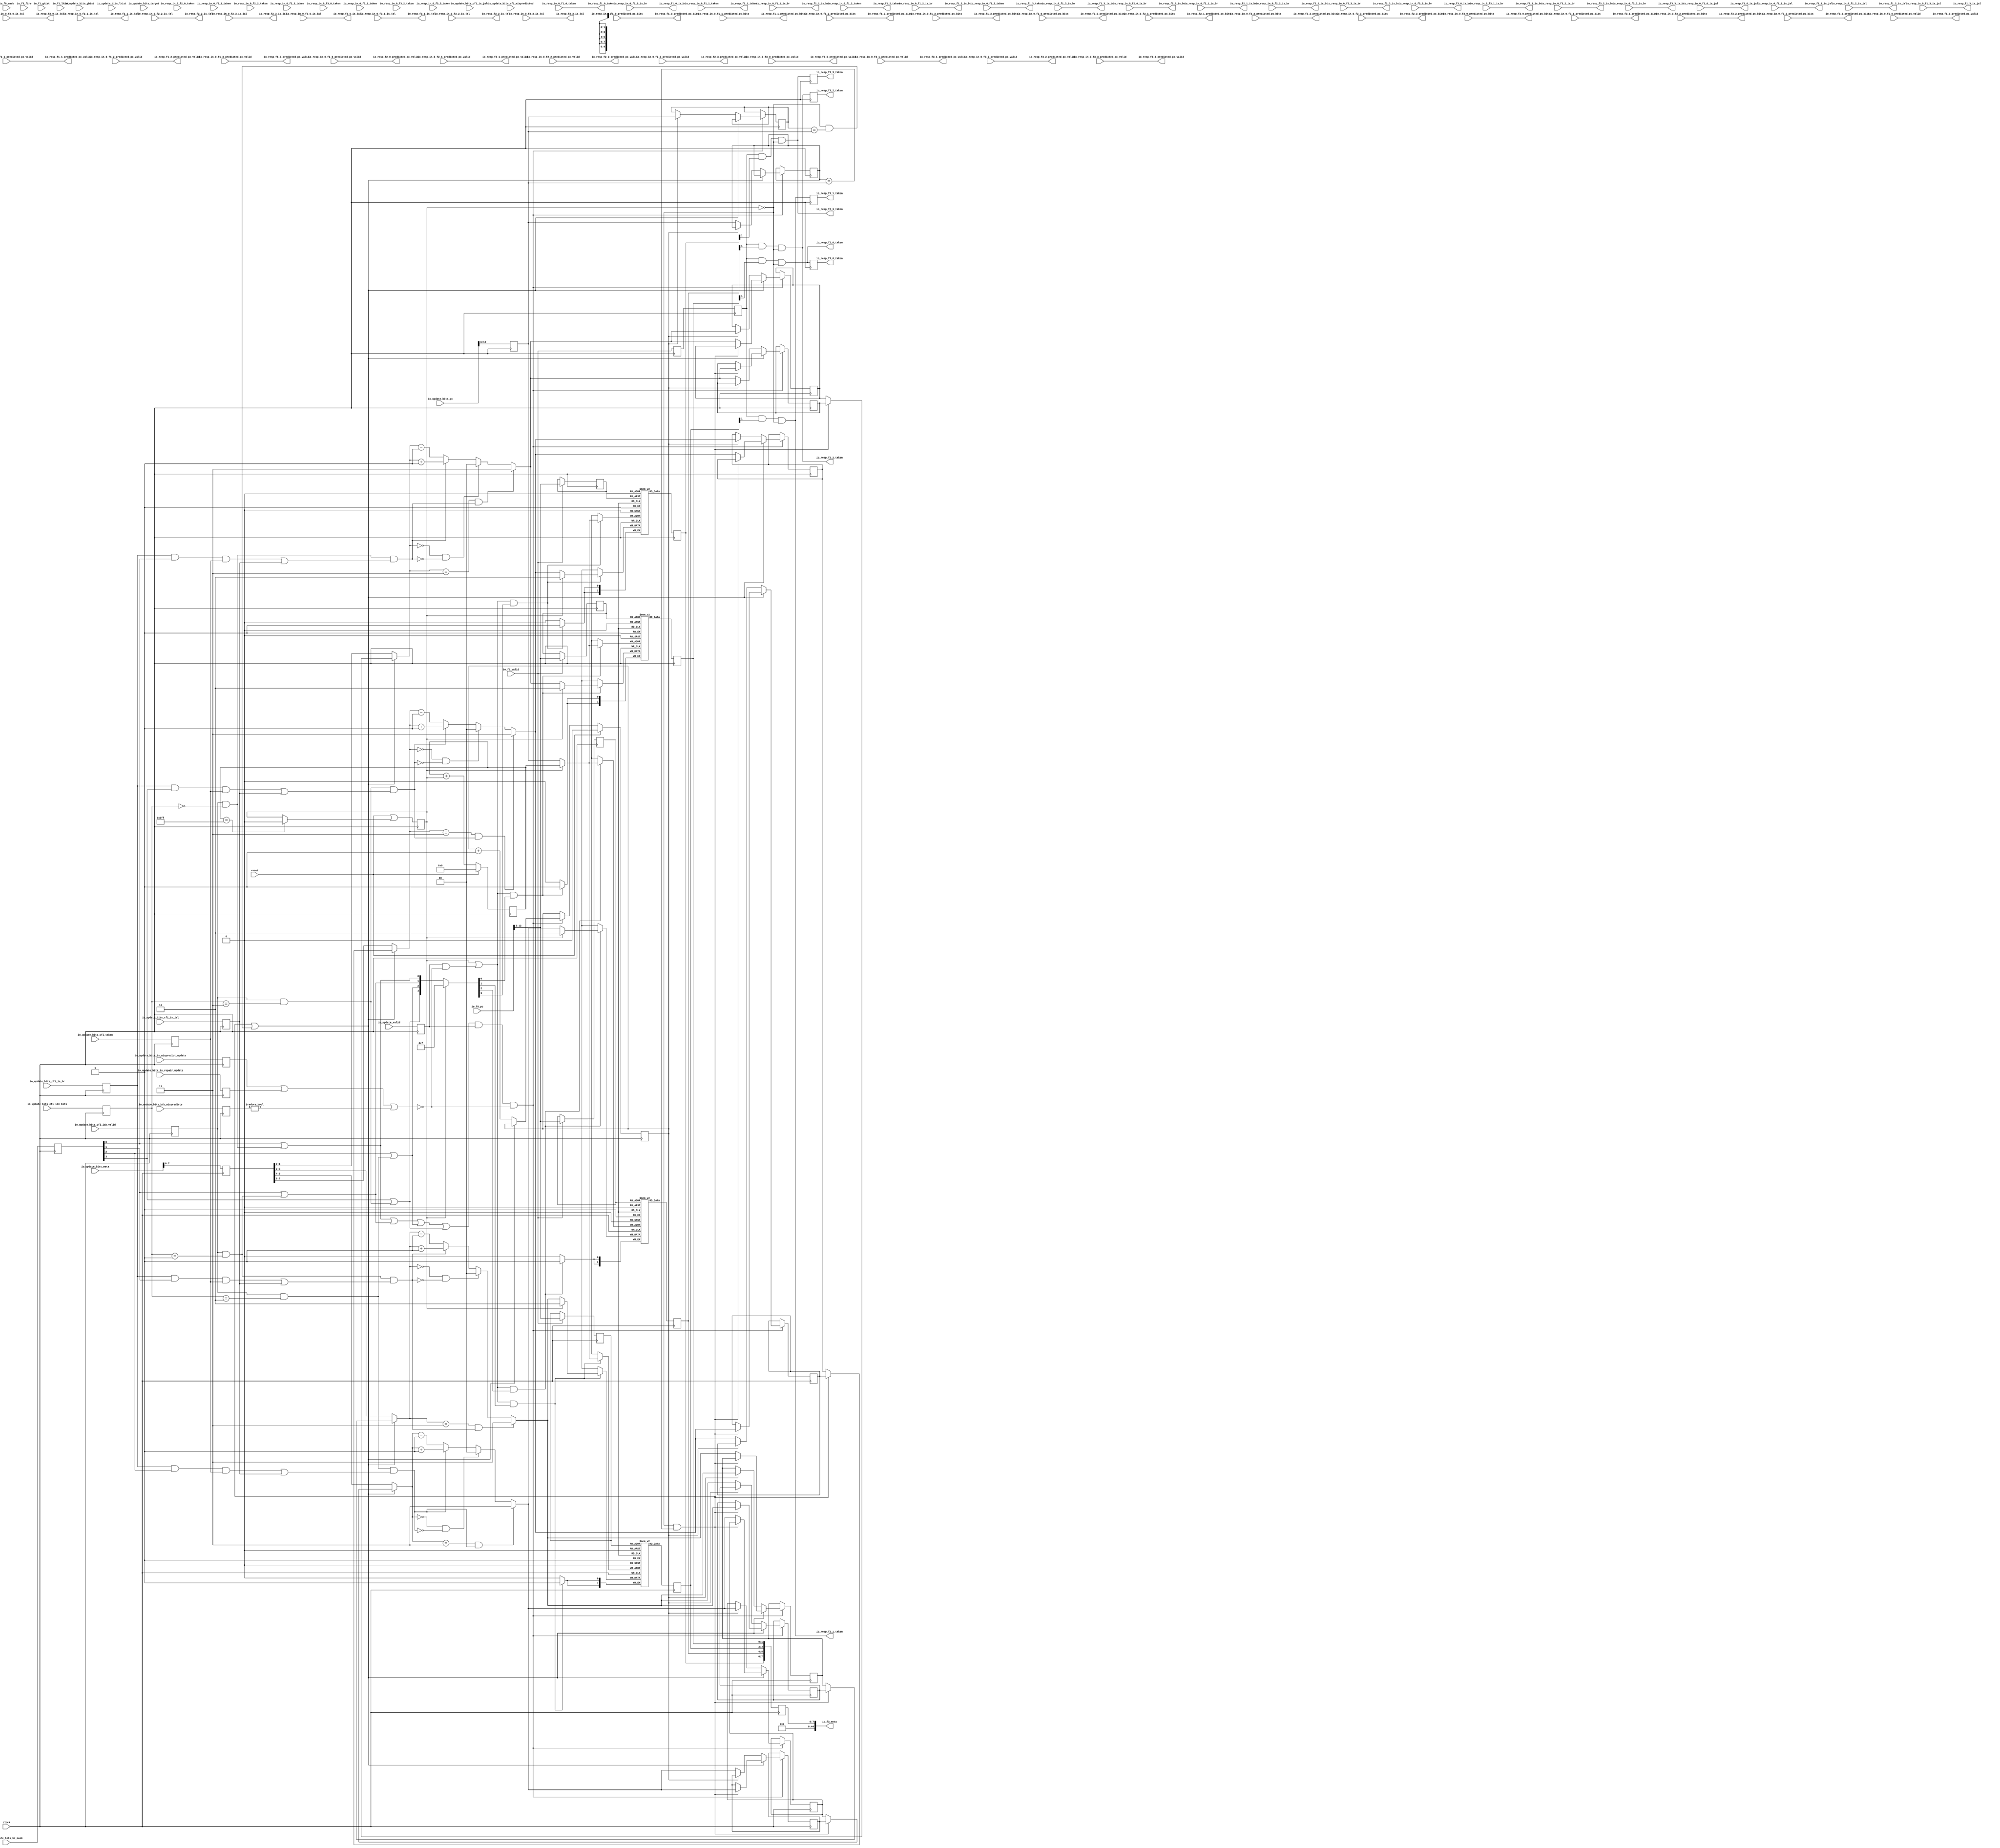
module BIMBranchPredictorBank(
  input         clock,
  input         reset,
  input         io_f0_valid,
  input  [39:0] io_f0_pc,
  input  [3:0]  io_f0_mask,
  input  [15:0] io_f1_ghist,
  input         io_f1_lhist,
  input         io_resp_in_0_f1_0_taken,
  input         io_resp_in_0_f1_0_is_br,
  input         io_resp_in_0_f1_0_is_jal,
  input         io_resp_in_0_f1_0_predicted_pc_valid,
  input  [39:0] io_resp_in_0_f1_0_predicted_pc_bits,
  input         io_resp_in_0_f1_1_taken,
  input         io_resp_in_0_f1_1_is_br,
  input         io_resp_in_0_f1_1_is_jal,
  input         io_resp_in_0_f1_1_predicted_pc_valid,
  input  [39:0] io_resp_in_0_f1_1_predicted_pc_bits,
  input         io_resp_in_0_f1_2_taken,
  input         io_resp_in_0_f1_2_is_br,
  input         io_resp_in_0_f1_2_is_jal,
  input         io_resp_in_0_f1_2_predicted_pc_valid,
  input  [39:0] io_resp_in_0_f1_2_predicted_pc_bits,
  input         io_resp_in_0_f1_3_taken,
  input         io_resp_in_0_f1_3_is_br,
  input         io_resp_in_0_f1_3_is_jal,
  input         io_resp_in_0_f1_3_predicted_pc_valid,
  input  [39:0] io_resp_in_0_f1_3_predicted_pc_bits,
  input         io_resp_in_0_f2_0_taken,
  input         io_resp_in_0_f2_0_is_br,
  input         io_resp_in_0_f2_0_is_jal,
  input         io_resp_in_0_f2_0_predicted_pc_valid,
  input  [39:0] io_resp_in_0_f2_0_predicted_pc_bits,
  input         io_resp_in_0_f2_1_taken,
  input         io_resp_in_0_f2_1_is_br,
  input         io_resp_in_0_f2_1_is_jal,
  input         io_resp_in_0_f2_1_predicted_pc_valid,
  input  [39:0] io_resp_in_0_f2_1_predicted_pc_bits,
  input         io_resp_in_0_f2_2_taken,
  input         io_resp_in_0_f2_2_is_br,
  input         io_resp_in_0_f2_2_is_jal,
  input         io_resp_in_0_f2_2_predicted_pc_valid,
  input  [39:0] io_resp_in_0_f2_2_predicted_pc_bits,
  input         io_resp_in_0_f2_3_taken,
  input         io_resp_in_0_f2_3_is_br,
  input         io_resp_in_0_f2_3_is_jal,
  input         io_resp_in_0_f2_3_predicted_pc_valid,
  input  [39:0] io_resp_in_0_f2_3_predicted_pc_bits,
  input         io_resp_in_0_f3_0_taken,
  input         io_resp_in_0_f3_0_is_br,
  input         io_resp_in_0_f3_0_is_jal,
  input         io_resp_in_0_f3_0_predicted_pc_valid,
  input  [39:0] io_resp_in_0_f3_0_predicted_pc_bits,
  input         io_resp_in_0_f3_1_taken,
  input         io_resp_in_0_f3_1_is_br,
  input         io_resp_in_0_f3_1_is_jal,
  input         io_resp_in_0_f3_1_predicted_pc_valid,
  input  [39:0] io_resp_in_0_f3_1_predicted_pc_bits,
  input         io_resp_in_0_f3_2_taken,
  input         io_resp_in_0_f3_2_is_br,
  input         io_resp_in_0_f3_2_is_jal,
  input         io_resp_in_0_f3_2_predicted_pc_valid,
  input  [39:0] io_resp_in_0_f3_2_predicted_pc_bits,
  input         io_resp_in_0_f3_3_taken,
  input         io_resp_in_0_f3_3_is_br,
  input         io_resp_in_0_f3_3_is_jal,
  input         io_resp_in_0_f3_3_predicted_pc_valid,
  input  [39:0] io_resp_in_0_f3_3_predicted_pc_bits,
  output        io_resp_f1_0_taken,
  output        io_resp_f1_0_is_br,
  output        io_resp_f1_0_is_jal,
  output        io_resp_f1_0_predicted_pc_valid,
  output [39:0] io_resp_f1_0_predicted_pc_bits,
  output        io_resp_f1_1_taken,
  output        io_resp_f1_1_is_br,
  output        io_resp_f1_1_is_jal,
  output        io_resp_f1_1_predicted_pc_valid,
  output [39:0] io_resp_f1_1_predicted_pc_bits,
  output        io_resp_f1_2_taken,
  output        io_resp_f1_2_is_br,
  output        io_resp_f1_2_is_jal,
  output        io_resp_f1_2_predicted_pc_valid,
  output [39:0] io_resp_f1_2_predicted_pc_bits,
  output        io_resp_f1_3_taken,
  output        io_resp_f1_3_is_br,
  output        io_resp_f1_3_is_jal,
  output        io_resp_f1_3_predicted_pc_valid,
  output [39:0] io_resp_f1_3_predicted_pc_bits,
  output        io_resp_f2_0_taken,
  output        io_resp_f2_0_is_br,
  output        io_resp_f2_0_is_jal,
  output        io_resp_f2_0_predicted_pc_valid,
  output [39:0] io_resp_f2_0_predicted_pc_bits,
  output        io_resp_f2_1_taken,
  output        io_resp_f2_1_is_br,
  output        io_resp_f2_1_is_jal,
  output        io_resp_f2_1_predicted_pc_valid,
  output [39:0] io_resp_f2_1_predicted_pc_bits,
  output        io_resp_f2_2_taken,
  output        io_resp_f2_2_is_br,
  output        io_resp_f2_2_is_jal,
  output        io_resp_f2_2_predicted_pc_valid,
  output [39:0] io_resp_f2_2_predicted_pc_bits,
  output        io_resp_f2_3_taken,
  output        io_resp_f2_3_is_br,
  output        io_resp_f2_3_is_jal,
  output        io_resp_f2_3_predicted_pc_valid,
  output [39:0] io_resp_f2_3_predicted_pc_bits,
  output        io_resp_f3_0_taken,
  output        io_resp_f3_0_is_br,
  output        io_resp_f3_0_is_jal,
  output        io_resp_f3_0_predicted_pc_valid,
  output [39:0] io_resp_f3_0_predicted_pc_bits,
  output        io_resp_f3_1_taken,
  output        io_resp_f3_1_is_br,
  output        io_resp_f3_1_is_jal,
  output        io_resp_f3_1_predicted_pc_valid,
  output [39:0] io_resp_f3_1_predicted_pc_bits,
  output        io_resp_f3_2_taken,
  output        io_resp_f3_2_is_br,
  output        io_resp_f3_2_is_jal,
  output        io_resp_f3_2_predicted_pc_valid,
  output [39:0] io_resp_f3_2_predicted_pc_bits,
  output        io_resp_f3_3_taken,
  output        io_resp_f3_3_is_br,
  output        io_resp_f3_3_is_jal,
  output        io_resp_f3_3_predicted_pc_valid,
  output [39:0] io_resp_f3_3_predicted_pc_bits,
  output [44:0] io_f3_meta,
  input         io_f3_fire,
  input         io_update_valid,
  input         io_update_bits_is_mispredict_update,
  input         io_update_bits_is_repair_update,
  input  [3:0]  io_update_bits_btb_mispredicts,
  input  [39:0] io_update_bits_pc,
  input  [3:0]  io_update_bits_br_mask,
  input         io_update_bits_cfi_idx_valid,
  input  [1:0]  io_update_bits_cfi_idx_bits,
  input         io_update_bits_cfi_taken,
  input         io_update_bits_cfi_mispredicted,
  input         io_update_bits_cfi_is_br,
  input         io_update_bits_cfi_is_jal,
  input         io_update_bits_cfi_is_jalr,
  input  [15:0] io_update_bits_ghist,
  input         io_update_bits_lhist,
  input  [39:0] io_update_bits_target,
  input  [44:0] io_update_bits_meta
);
`ifdef RANDOMIZE_MEM_INIT
  reg [31:0] _RAND_0;
  reg [31:0] _RAND_3;
  reg [31:0] _RAND_6;
  reg [31:0] _RAND_9;
`endif // RANDOMIZE_MEM_INIT
`ifdef RANDOMIZE_REG_INIT
  reg [31:0] _RAND_1;
  reg [31:0] _RAND_2;
  reg [31:0] _RAND_4;
  reg [31:0] _RAND_5;
  reg [31:0] _RAND_7;
  reg [31:0] _RAND_8;
  reg [31:0] _RAND_10;
  reg [31:0] _RAND_11;
  reg [31:0] _RAND_12;
  reg [31:0] _RAND_13;
  reg [31:0] _RAND_14;
  reg [31:0] _RAND_15;
  reg [31:0] _RAND_16;
  reg [31:0] _RAND_17;
  reg [31:0] _RAND_18;
  reg [31:0] _RAND_19;
  reg [31:0] _RAND_20;
  reg [31:0] _RAND_21;
  reg [31:0] _RAND_22;
  reg [31:0] _RAND_23;
  reg [63:0] _RAND_24;
  reg [63:0] _RAND_25;
  reg [31:0] _RAND_26;
  reg [31:0] _RAND_27;
  reg [31:0] _RAND_28;
  reg [31:0] _RAND_29;
  reg [31:0] _RAND_30;
  reg [31:0] _RAND_31;
  reg [31:0] _RAND_32;
  reg [31:0] _RAND_33;
  reg [31:0] _RAND_34;
  reg [31:0] _RAND_35;
  reg [31:0] _RAND_36;
  reg [31:0] _RAND_37;
  reg [31:0] _RAND_38;
  reg [31:0] _RAND_39;
  reg [31:0] _RAND_40;
  reg [31:0] _RAND_41;
  reg [31:0] _RAND_42;
  reg [31:0] _RAND_43;
  reg [31:0] _RAND_44;
  reg [31:0] _RAND_45;
  reg [31:0] _RAND_46;
  reg [31:0] _RAND_47;
`endif // RANDOMIZE_REG_INIT
  reg [1:0] data_0 [0:1023]; // @[bim.scala 50:26]
  wire [1:0] data_0_MPORT_data; // @[bim.scala 50:26]
  wire [9:0] data_0_MPORT_addr; // @[bim.scala 50:26]
  wire [1:0] data_0_MPORT_1_data; // @[bim.scala 50:26]
  wire [9:0] data_0_MPORT_1_addr; // @[bim.scala 50:26]
  wire  data_0_MPORT_1_mask; // @[bim.scala 50:26]
  wire  data_0_MPORT_1_en; // @[bim.scala 50:26]
  reg  data_0_MPORT_en_pipe_0;
  reg [9:0] data_0_MPORT_addr_pipe_0;
  reg [1:0] data_1 [0:1023]; // @[bim.scala 50:26]
  wire [1:0] data_1_MPORT_data; // @[bim.scala 50:26]
  wire [9:0] data_1_MPORT_addr; // @[bim.scala 50:26]
  wire [1:0] data_1_MPORT_1_data; // @[bim.scala 50:26]
  wire [9:0] data_1_MPORT_1_addr; // @[bim.scala 50:26]
  wire  data_1_MPORT_1_mask; // @[bim.scala 50:26]
  wire  data_1_MPORT_1_en; // @[bim.scala 50:26]
  reg  data_1_MPORT_en_pipe_0;
  reg [9:0] data_1_MPORT_addr_pipe_0;
  reg [1:0] data_2 [0:1023]; // @[bim.scala 50:26]
  wire [1:0] data_2_MPORT_data; // @[bim.scala 50:26]
  wire [9:0] data_2_MPORT_addr; // @[bim.scala 50:26]
  wire [1:0] data_2_MPORT_1_data; // @[bim.scala 50:26]
  wire [9:0] data_2_MPORT_1_addr; // @[bim.scala 50:26]
  wire  data_2_MPORT_1_mask; // @[bim.scala 50:26]
  wire  data_2_MPORT_1_en; // @[bim.scala 50:26]
  reg  data_2_MPORT_en_pipe_0;
  reg [9:0] data_2_MPORT_addr_pipe_0;
  reg [1:0] data_3 [0:1023]; // @[bim.scala 50:26]
  wire [1:0] data_3_MPORT_data; // @[bim.scala 50:26]
  wire [9:0] data_3_MPORT_addr; // @[bim.scala 50:26]
  wire [1:0] data_3_MPORT_1_data; // @[bim.scala 50:26]
  wire [9:0] data_3_MPORT_1_addr; // @[bim.scala 50:26]
  wire  data_3_MPORT_1_mask; // @[bim.scala 50:26]
  wire  data_3_MPORT_1_en; // @[bim.scala 50:26]
  reg  data_3_MPORT_en_pipe_0;
  reg [9:0] data_3_MPORT_addr_pipe_0;
  wire [36:0] s0_idx = io_f0_pc[39:3]; // @[frontend.scala 163:35]
  reg  s1_valid; // @[predictor.scala 168:25]
  reg  s2_valid; // @[predictor.scala 169:25]
  reg  s1_update__valid; // @[predictor.scala 184:30]
  reg  s1_update__bits_is_mispredict_update; // @[predictor.scala 184:30]
  reg  s1_update__bits_is_repair_update; // @[predictor.scala 184:30]
  reg [3:0] s1_update__bits_btb_mispredicts; // @[predictor.scala 184:30]
  reg [3:0] s1_update__bits_br_mask; // @[predictor.scala 184:30]
  reg  s1_update__bits_cfi_idx_valid; // @[predictor.scala 184:30]
  reg [1:0] s1_update__bits_cfi_idx_bits; // @[predictor.scala 184:30]
  reg  s1_update__bits_cfi_taken; // @[predictor.scala 184:30]
  reg  s1_update__bits_cfi_is_br; // @[predictor.scala 184:30]
  reg  s1_update__bits_cfi_is_jal; // @[predictor.scala 184:30]
  reg [44:0] s1_update__bits_meta; // @[predictor.scala 184:30]
  reg [36:0] s1_update_idx; // @[predictor.scala 185:30]
  reg [1:0] s2_req_rdata_1; // @[bim.scala 54:32]
  reg [1:0] s2_req_rdata_0; // @[bim.scala 54:32]
  wire [3:0] lo = {s2_req_rdata_1,s2_req_rdata_0}; // @[bim.scala 42:35]
  reg [1:0] s2_req_rdata_3; // @[bim.scala 54:32]
  reg [1:0] s2_req_rdata_2; // @[bim.scala 54:32]
  wire [3:0] hi = {s2_req_rdata_3,s2_req_rdata_2}; // @[bim.scala 42:35]
  reg  doing_reset; // @[bim.scala 44:28]
  reg [9:0] reset_idx; // @[bim.scala 45:26]
  wire [9:0] _GEN_80 = {{9'd0}, doing_reset}; // @[bim.scala 46:26]
  wire [9:0] _T_2 = reset_idx + _GEN_80; // @[bim.scala 46:26]
  wire  _GEN_0 = reset_idx == 10'h3ff ? 1'h0 : doing_reset; // @[bim.scala 47:36 bim.scala 47:50 bim.scala 44:28]
  wire  _T_8 = ~doing_reset; // @[bim.scala 60:60]
  wire [1:0] s1_update_meta_bims_0 = s1_update__bits_meta[1:0]; // @[bim.scala 67:55]
  wire [1:0] s1_update_meta_bims_1 = s1_update__bits_meta[3:2]; // @[bim.scala 67:55]
  wire [1:0] s1_update_meta_bims_2 = s1_update__bits_meta[5:4]; // @[bim.scala 67:55]
  wire [1:0] s1_update_meta_bims_3 = s1_update__bits_meta[7:6]; // @[bim.scala 67:55]
  reg [9:0] wrbypass_idxs_0; // @[bim.scala 70:26]
  reg [9:0] wrbypass_idxs_1; // @[bim.scala 70:26]
  reg [1:0] wrbypass_0_0; // @[bim.scala 71:26]
  reg [1:0] wrbypass_0_1; // @[bim.scala 71:26]
  reg [1:0] wrbypass_0_2; // @[bim.scala 71:26]
  reg [1:0] wrbypass_0_3; // @[bim.scala 71:26]
  reg [1:0] wrbypass_1_0; // @[bim.scala 71:26]
  reg [1:0] wrbypass_1_1; // @[bim.scala 71:26]
  reg [1:0] wrbypass_1_2; // @[bim.scala 71:26]
  reg [1:0] wrbypass_1_3; // @[bim.scala 71:26]
  reg  wrbypass_enq_idx; // @[bim.scala 72:33]
  wire  _T_28 = wrbypass_idxs_0 == s1_update_idx[9:0]; // @[bim.scala 76:22]
  wire  wrbypass_hits_0 = _T_8 & _T_28; // @[bim.scala 75:18]
  wire  _T_32 = wrbypass_idxs_1 == s1_update_idx[9:0]; // @[bim.scala 76:22]
  wire  wrbypass_hits_1 = _T_8 & _T_32; // @[bim.scala 75:18]
  wire  wrbypass_hit = wrbypass_hits_0 | wrbypass_hits_1; // @[bim.scala 78:44]
  wire  wrbypass_hit_idx = wrbypass_hits_0 ? 1'h0 : 1'h1; // @[Mux.scala 47:69]
  wire  _T_38 = s1_update__bits_cfi_idx_valid & s1_update__bits_cfi_idx_bits == 2'h0; // @[bim.scala 90:37]
  wire  s1_update_wmask_0 = s1_update__bits_br_mask[0] | _T_38; // @[bim.scala 89:37]
  wire  _T_45 = s1_update__bits_cfi_is_br & s1_update__bits_br_mask[0] & s1_update__bits_cfi_taken |
    s1_update__bits_cfi_is_jal; // @[bim.scala 95:95]
  wire  _T_46 = _T_38 & _T_45; // @[bim.scala 93:47]
  wire [1:0] _GEN_6 = wrbypass_hit_idx ? wrbypass_1_0 : wrbypass_0_0; // @[bim.scala 99:30 bim.scala 99:30]
  wire [1:0] _T_47 = wrbypass_hit ? _GEN_6 : s1_update_meta_bims_0; // @[bim.scala 99:30]
  wire  _T_48 = _T_47 == 2'h3; // @[bim.scala 35:32]
  wire  _T_49 = _T_47 == 2'h0; // @[bim.scala 36:32]
  wire [1:0] _T_54 = _T_47 + 2'h1; // @[bim.scala 39:20]
  wire [1:0] _T_56 = _T_47 - 2'h1; // @[bim.scala 39:29]
  wire [1:0] _T_57 = _T_46 ? _T_54 : _T_56; // @[bim.scala 39:10]
  wire [1:0] _T_58 = _T_49 & ~_T_46 ? 2'h0 : _T_57; // @[bim.scala 38:10]
  wire [1:0] s1_update_wdata_0 = _T_48 & _T_46 ? 2'h3 : _T_58; // @[bim.scala 37:8]
  wire  _T_64 = s1_update__bits_cfi_idx_valid & s1_update__bits_cfi_idx_bits == 2'h1; // @[bim.scala 90:37]
  wire  s1_update_wmask_1 = s1_update__bits_br_mask[1] | _T_64; // @[bim.scala 89:37]
  wire  _T_71 = s1_update__bits_cfi_is_br & s1_update__bits_br_mask[1] & s1_update__bits_cfi_taken |
    s1_update__bits_cfi_is_jal; // @[bim.scala 95:95]
  wire  _T_72 = _T_64 & _T_71; // @[bim.scala 93:47]
  wire [1:0] _GEN_10 = wrbypass_hit_idx ? wrbypass_1_1 : wrbypass_0_1; // @[bim.scala 99:30 bim.scala 99:30]
  wire [1:0] _T_73 = wrbypass_hit ? _GEN_10 : s1_update_meta_bims_1; // @[bim.scala 99:30]
  wire  _T_74 = _T_73 == 2'h3; // @[bim.scala 35:32]
  wire  _T_75 = _T_73 == 2'h0; // @[bim.scala 36:32]
  wire [1:0] _T_80 = _T_73 + 2'h1; // @[bim.scala 39:20]
  wire [1:0] _T_82 = _T_73 - 2'h1; // @[bim.scala 39:29]
  wire [1:0] _T_83 = _T_72 ? _T_80 : _T_82; // @[bim.scala 39:10]
  wire [1:0] _T_84 = _T_75 & ~_T_72 ? 2'h0 : _T_83; // @[bim.scala 38:10]
  wire [1:0] s1_update_wdata_1 = _T_74 & _T_72 ? 2'h3 : _T_84; // @[bim.scala 37:8]
  wire  _T_90 = s1_update__bits_cfi_idx_valid & s1_update__bits_cfi_idx_bits == 2'h2; // @[bim.scala 90:37]
  wire  s1_update_wmask_2 = s1_update__bits_br_mask[2] | _T_90; // @[bim.scala 89:37]
  wire  _T_97 = s1_update__bits_cfi_is_br & s1_update__bits_br_mask[2] & s1_update__bits_cfi_taken |
    s1_update__bits_cfi_is_jal; // @[bim.scala 95:95]
  wire  _T_98 = _T_90 & _T_97; // @[bim.scala 93:47]
  wire [1:0] _GEN_14 = wrbypass_hit_idx ? wrbypass_1_2 : wrbypass_0_2; // @[bim.scala 99:30 bim.scala 99:30]
  wire [1:0] _T_99 = wrbypass_hit ? _GEN_14 : s1_update_meta_bims_2; // @[bim.scala 99:30]
  wire  _T_100 = _T_99 == 2'h3; // @[bim.scala 35:32]
  wire  _T_101 = _T_99 == 2'h0; // @[bim.scala 36:32]
  wire [1:0] _T_106 = _T_99 + 2'h1; // @[bim.scala 39:20]
  wire [1:0] _T_108 = _T_99 - 2'h1; // @[bim.scala 39:29]
  wire [1:0] _T_109 = _T_98 ? _T_106 : _T_108; // @[bim.scala 39:10]
  wire [1:0] _T_110 = _T_101 & ~_T_98 ? 2'h0 : _T_109; // @[bim.scala 38:10]
  wire [1:0] s1_update_wdata_2 = _T_100 & _T_98 ? 2'h3 : _T_110; // @[bim.scala 37:8]
  wire  _T_116 = s1_update__bits_cfi_idx_valid & s1_update__bits_cfi_idx_bits == 2'h3; // @[bim.scala 90:37]
  wire  s1_update_wmask_3 = s1_update__bits_br_mask[3] | _T_116; // @[bim.scala 89:37]
  wire  _T_123 = s1_update__bits_cfi_is_br & s1_update__bits_br_mask[3] & s1_update__bits_cfi_taken |
    s1_update__bits_cfi_is_jal; // @[bim.scala 95:95]
  wire  _T_124 = _T_116 & _T_123; // @[bim.scala 93:47]
  wire [1:0] _GEN_18 = wrbypass_hit_idx ? wrbypass_1_3 : wrbypass_0_3; // @[bim.scala 99:30 bim.scala 99:30]
  wire [1:0] _T_125 = wrbypass_hit ? _GEN_18 : s1_update_meta_bims_3; // @[bim.scala 99:30]
  wire  _T_126 = _T_125 == 2'h3; // @[bim.scala 35:32]
  wire  _T_127 = _T_125 == 2'h0; // @[bim.scala 36:32]
  wire [1:0] _T_132 = _T_125 + 2'h1; // @[bim.scala 39:20]
  wire [1:0] _T_134 = _T_125 - 2'h1; // @[bim.scala 39:29]
  wire [1:0] _T_135 = _T_124 ? _T_132 : _T_134; // @[bim.scala 39:10]
  wire [1:0] _T_136 = _T_127 & ~_T_124 ? 2'h0 : _T_135; // @[bim.scala 38:10]
  wire [1:0] s1_update_wdata_3 = _T_126 & _T_124 ? 2'h3 : _T_136; // @[bim.scala 37:8]
  wire  _T_139 = s1_update__bits_btb_mispredicts != 4'h0; // @[predictor.scala 94:50]
  wire  _T_141 = ~(s1_update__bits_is_mispredict_update | s1_update__bits_is_repair_update | _T_139); // @[predictor.scala 96:26]
  wire  _T_142 = s1_update__valid & _T_141; // @[bim.scala 109:41]
  wire [36:0] _T_144 = doing_reset ? {{27'd0}, reset_idx} : s1_update_idx; // @[bim.scala 111:10]
  wire [3:0] _T_147 = {s1_update_wmask_3,s1_update_wmask_2,s1_update_wmask_1,s1_update_wmask_0}; // @[bim.scala 113:63]
  wire [3:0] _T_148 = doing_reset ? 4'hf : _T_147; // @[bim.scala 113:10]
  wire  _T_165 = wrbypass_enq_idx + 1'h1; // @[util.scala 260:14]
  reg  REG; // @[bim.scala 128:35]
  reg  REG_1; // @[bim.scala 128:35]
  reg  REG_2; // @[bim.scala 128:35]
  reg  REG_3; // @[bim.scala 128:35]
  reg [7:0] REG_4; // @[bim.scala 130:24]
  assign data_0_MPORT_addr = data_0_MPORT_addr_pipe_0;
  assign data_0_MPORT_data = data_0[data_0_MPORT_addr]; // @[bim.scala 50:26]
  assign data_0_MPORT_1_data = doing_reset ? 2'h2 : s1_update_wdata_0;
  assign data_0_MPORT_1_addr = _T_144[9:0];
  assign data_0_MPORT_1_mask = _T_148[0];
  assign data_0_MPORT_1_en = doing_reset | _T_142;
  assign data_1_MPORT_addr = data_1_MPORT_addr_pipe_0;
  assign data_1_MPORT_data = data_1[data_1_MPORT_addr]; // @[bim.scala 50:26]
  assign data_1_MPORT_1_data = doing_reset ? 2'h2 : s1_update_wdata_1;
  assign data_1_MPORT_1_addr = _T_144[9:0];
  assign data_1_MPORT_1_mask = _T_148[1];
  assign data_1_MPORT_1_en = doing_reset | _T_142;
  assign data_2_MPORT_addr = data_2_MPORT_addr_pipe_0;
  assign data_2_MPORT_data = data_2[data_2_MPORT_addr]; // @[bim.scala 50:26]
  assign data_2_MPORT_1_data = doing_reset ? 2'h2 : s1_update_wdata_2;
  assign data_2_MPORT_1_addr = _T_144[9:0];
  assign data_2_MPORT_1_mask = _T_148[2];
  assign data_2_MPORT_1_en = doing_reset | _T_142;
  assign data_3_MPORT_addr = data_3_MPORT_addr_pipe_0;
  assign data_3_MPORT_data = data_3[data_3_MPORT_addr]; // @[bim.scala 50:26]
  assign data_3_MPORT_1_data = doing_reset ? 2'h2 : s1_update_wdata_3;
  assign data_3_MPORT_1_addr = _T_144[9:0];
  assign data_3_MPORT_1_mask = _T_148[3];
  assign data_3_MPORT_1_en = doing_reset | _T_142;
  assign io_resp_f1_0_taken = io_resp_in_0_f1_0_taken; // @[predictor.scala 158:11]
  assign io_resp_f1_0_is_br = io_resp_in_0_f1_0_is_br; // @[predictor.scala 158:11]
  assign io_resp_f1_0_is_jal = io_resp_in_0_f1_0_is_jal; // @[predictor.scala 158:11]
  assign io_resp_f1_0_predicted_pc_valid = io_resp_in_0_f1_0_predicted_pc_valid; // @[predictor.scala 158:11]
  assign io_resp_f1_0_predicted_pc_bits = io_resp_in_0_f1_0_predicted_pc_bits; // @[predictor.scala 158:11]
  assign io_resp_f1_1_taken = io_resp_in_0_f1_1_taken; // @[predictor.scala 158:11]
  assign io_resp_f1_1_is_br = io_resp_in_0_f1_1_is_br; // @[predictor.scala 158:11]
  assign io_resp_f1_1_is_jal = io_resp_in_0_f1_1_is_jal; // @[predictor.scala 158:11]
  assign io_resp_f1_1_predicted_pc_valid = io_resp_in_0_f1_1_predicted_pc_valid; // @[predictor.scala 158:11]
  assign io_resp_f1_1_predicted_pc_bits = io_resp_in_0_f1_1_predicted_pc_bits; // @[predictor.scala 158:11]
  assign io_resp_f1_2_taken = io_resp_in_0_f1_2_taken; // @[predictor.scala 158:11]
  assign io_resp_f1_2_is_br = io_resp_in_0_f1_2_is_br; // @[predictor.scala 158:11]
  assign io_resp_f1_2_is_jal = io_resp_in_0_f1_2_is_jal; // @[predictor.scala 158:11]
  assign io_resp_f1_2_predicted_pc_valid = io_resp_in_0_f1_2_predicted_pc_valid; // @[predictor.scala 158:11]
  assign io_resp_f1_2_predicted_pc_bits = io_resp_in_0_f1_2_predicted_pc_bits; // @[predictor.scala 158:11]
  assign io_resp_f1_3_taken = io_resp_in_0_f1_3_taken; // @[predictor.scala 158:11]
  assign io_resp_f1_3_is_br = io_resp_in_0_f1_3_is_br; // @[predictor.scala 158:11]
  assign io_resp_f1_3_is_jal = io_resp_in_0_f1_3_is_jal; // @[predictor.scala 158:11]
  assign io_resp_f1_3_predicted_pc_valid = io_resp_in_0_f1_3_predicted_pc_valid; // @[predictor.scala 158:11]
  assign io_resp_f1_3_predicted_pc_bits = io_resp_in_0_f1_3_predicted_pc_bits; // @[predictor.scala 158:11]
  assign io_resp_f2_0_taken = s2_valid & s2_req_rdata_0[1] & ~doing_reset; // @[bim.scala 60:57]
  assign io_resp_f2_0_is_br = io_resp_in_0_f2_0_is_br; // @[predictor.scala 158:11]
  assign io_resp_f2_0_is_jal = io_resp_in_0_f2_0_is_jal; // @[predictor.scala 158:11]
  assign io_resp_f2_0_predicted_pc_valid = io_resp_in_0_f2_0_predicted_pc_valid; // @[predictor.scala 158:11]
  assign io_resp_f2_0_predicted_pc_bits = io_resp_in_0_f2_0_predicted_pc_bits; // @[predictor.scala 158:11]
  assign io_resp_f2_1_taken = s2_valid & s2_req_rdata_1[1] & ~doing_reset; // @[bim.scala 60:57]
  assign io_resp_f2_1_is_br = io_resp_in_0_f2_1_is_br; // @[predictor.scala 158:11]
  assign io_resp_f2_1_is_jal = io_resp_in_0_f2_1_is_jal; // @[predictor.scala 158:11]
  assign io_resp_f2_1_predicted_pc_valid = io_resp_in_0_f2_1_predicted_pc_valid; // @[predictor.scala 158:11]
  assign io_resp_f2_1_predicted_pc_bits = io_resp_in_0_f2_1_predicted_pc_bits; // @[predictor.scala 158:11]
  assign io_resp_f2_2_taken = s2_valid & s2_req_rdata_2[1] & ~doing_reset; // @[bim.scala 60:57]
  assign io_resp_f2_2_is_br = io_resp_in_0_f2_2_is_br; // @[predictor.scala 158:11]
  assign io_resp_f2_2_is_jal = io_resp_in_0_f2_2_is_jal; // @[predictor.scala 158:11]
  assign io_resp_f2_2_predicted_pc_valid = io_resp_in_0_f2_2_predicted_pc_valid; // @[predictor.scala 158:11]
  assign io_resp_f2_2_predicted_pc_bits = io_resp_in_0_f2_2_predicted_pc_bits; // @[predictor.scala 158:11]
  assign io_resp_f2_3_taken = s2_valid & s2_req_rdata_3[1] & ~doing_reset; // @[bim.scala 60:57]
  assign io_resp_f2_3_is_br = io_resp_in_0_f2_3_is_br; // @[predictor.scala 158:11]
  assign io_resp_f2_3_is_jal = io_resp_in_0_f2_3_is_jal; // @[predictor.scala 158:11]
  assign io_resp_f2_3_predicted_pc_valid = io_resp_in_0_f2_3_predicted_pc_valid; // @[predictor.scala 158:11]
  assign io_resp_f2_3_predicted_pc_bits = io_resp_in_0_f2_3_predicted_pc_bits; // @[predictor.scala 158:11]
  assign io_resp_f3_0_taken = REG; // @[bim.scala 128:25]
  assign io_resp_f3_0_is_br = io_resp_in_0_f3_0_is_br; // @[predictor.scala 158:11]
  assign io_resp_f3_0_is_jal = io_resp_in_0_f3_0_is_jal; // @[predictor.scala 158:11]
  assign io_resp_f3_0_predicted_pc_valid = io_resp_in_0_f3_0_predicted_pc_valid; // @[predictor.scala 158:11]
  assign io_resp_f3_0_predicted_pc_bits = io_resp_in_0_f3_0_predicted_pc_bits; // @[predictor.scala 158:11]
  assign io_resp_f3_1_taken = REG_1; // @[bim.scala 128:25]
  assign io_resp_f3_1_is_br = io_resp_in_0_f3_1_is_br; // @[predictor.scala 158:11]
  assign io_resp_f3_1_is_jal = io_resp_in_0_f3_1_is_jal; // @[predictor.scala 158:11]
  assign io_resp_f3_1_predicted_pc_valid = io_resp_in_0_f3_1_predicted_pc_valid; // @[predictor.scala 158:11]
  assign io_resp_f3_1_predicted_pc_bits = io_resp_in_0_f3_1_predicted_pc_bits; // @[predictor.scala 158:11]
  assign io_resp_f3_2_taken = REG_2; // @[bim.scala 128:25]
  assign io_resp_f3_2_is_br = io_resp_in_0_f3_2_is_br; // @[predictor.scala 158:11]
  assign io_resp_f3_2_is_jal = io_resp_in_0_f3_2_is_jal; // @[predictor.scala 158:11]
  assign io_resp_f3_2_predicted_pc_valid = io_resp_in_0_f3_2_predicted_pc_valid; // @[predictor.scala 158:11]
  assign io_resp_f3_2_predicted_pc_bits = io_resp_in_0_f3_2_predicted_pc_bits; // @[predictor.scala 158:11]
  assign io_resp_f3_3_taken = REG_3; // @[bim.scala 128:25]
  assign io_resp_f3_3_is_br = io_resp_in_0_f3_3_is_br; // @[predictor.scala 158:11]
  assign io_resp_f3_3_is_jal = io_resp_in_0_f3_3_is_jal; // @[predictor.scala 158:11]
  assign io_resp_f3_3_predicted_pc_valid = io_resp_in_0_f3_3_predicted_pc_valid; // @[predictor.scala 158:11]
  assign io_resp_f3_3_predicted_pc_bits = io_resp_in_0_f3_3_predicted_pc_bits; // @[predictor.scala 158:11]
  assign io_f3_meta = {{37'd0}, REG_4}; // @[bim.scala 130:14]
  always @(posedge clock) begin
    if(data_0_MPORT_1_en & data_0_MPORT_1_mask) begin
      data_0[data_0_MPORT_1_addr] <= data_0_MPORT_1_data; // @[bim.scala 50:26]
    end
    data_0_MPORT_en_pipe_0 <= io_f0_valid;
    if (io_f0_valid) begin
      data_0_MPORT_addr_pipe_0 <= s0_idx[9:0];
    end
    if(data_1_MPORT_1_en & data_1_MPORT_1_mask) begin
      data_1[data_1_MPORT_1_addr] <= data_1_MPORT_1_data; // @[bim.scala 50:26]
    end
    data_1_MPORT_en_pipe_0 <= io_f0_valid;
    if (io_f0_valid) begin
      data_1_MPORT_addr_pipe_0 <= s0_idx[9:0];
    end
    if(data_2_MPORT_1_en & data_2_MPORT_1_mask) begin
      data_2[data_2_MPORT_1_addr] <= data_2_MPORT_1_data; // @[bim.scala 50:26]
    end
    data_2_MPORT_en_pipe_0 <= io_f0_valid;
    if (io_f0_valid) begin
      data_2_MPORT_addr_pipe_0 <= s0_idx[9:0];
    end
    if(data_3_MPORT_1_en & data_3_MPORT_1_mask) begin
      data_3[data_3_MPORT_1_addr] <= data_3_MPORT_1_data; // @[bim.scala 50:26]
    end
    data_3_MPORT_en_pipe_0 <= io_f0_valid;
    if (io_f0_valid) begin
      data_3_MPORT_addr_pipe_0 <= s0_idx[9:0];
    end
    s1_valid <= io_f0_valid; // @[predictor.scala 168:25]
    s2_valid <= s1_valid; // @[predictor.scala 169:25]
    s1_update__valid <= io_update_valid; // @[predictor.scala 184:30]
    s1_update__bits_is_mispredict_update <= io_update_bits_is_mispredict_update; // @[predictor.scala 184:30]
    s1_update__bits_is_repair_update <= io_update_bits_is_repair_update; // @[predictor.scala 184:30]
    s1_update__bits_btb_mispredicts <= io_update_bits_btb_mispredicts; // @[predictor.scala 184:30]
    s1_update__bits_br_mask <= io_update_bits_br_mask; // @[predictor.scala 184:30]
    s1_update__bits_cfi_idx_valid <= io_update_bits_cfi_idx_valid; // @[predictor.scala 184:30]
    s1_update__bits_cfi_idx_bits <= io_update_bits_cfi_idx_bits; // @[predictor.scala 184:30]
    s1_update__bits_cfi_taken <= io_update_bits_cfi_taken; // @[predictor.scala 184:30]
    s1_update__bits_cfi_is_br <= io_update_bits_cfi_is_br; // @[predictor.scala 184:30]
    s1_update__bits_cfi_is_jal <= io_update_bits_cfi_is_jal; // @[predictor.scala 184:30]
    s1_update__bits_meta <= io_update_bits_meta; // @[predictor.scala 184:30]
    s1_update_idx <= io_update_bits_pc[39:3]; // @[frontend.scala 163:35]
    s2_req_rdata_1 <= data_1_MPORT_data; // @[bim.scala 54:32]
    s2_req_rdata_0 <= data_0_MPORT_data; // @[bim.scala 54:32]
    s2_req_rdata_3 <= data_3_MPORT_data; // @[bim.scala 54:32]
    s2_req_rdata_2 <= data_2_MPORT_data; // @[bim.scala 54:32]
    doing_reset <= reset | _GEN_0; // @[bim.scala 44:28 bim.scala 44:28]
    if (reset) begin // @[bim.scala 45:26]
      reset_idx <= 10'h0; // @[bim.scala 45:26]
    end else begin
      reset_idx <= _T_2; // @[bim.scala 46:13]
    end
    if ((s1_update_wmask_0 | s1_update_wmask_1 | s1_update_wmask_2 | s1_update_wmask_3) & s1_update__valid & _T_141
      ) begin // @[bim.scala 116:93]
      if (!(wrbypass_hit)) begin // @[bim.scala 117:25]
        if (~wrbypass_enq_idx) begin // @[bim.scala 121:39]
          wrbypass_idxs_0 <= s1_update_idx[9:0]; // @[bim.scala 121:39]
        end
      end
    end
    if ((s1_update_wmask_0 | s1_update_wmask_1 | s1_update_wmask_2 | s1_update_wmask_3) & s1_update__valid & _T_141
      ) begin // @[bim.scala 116:93]
      if (!(wrbypass_hit)) begin // @[bim.scala 117:25]
        if (wrbypass_enq_idx) begin // @[bim.scala 121:39]
          wrbypass_idxs_1 <= s1_update_idx[9:0]; // @[bim.scala 121:39]
        end
      end
    end
    if ((s1_update_wmask_0 | s1_update_wmask_1 | s1_update_wmask_2 | s1_update_wmask_3) & s1_update__valid & _T_141
      ) begin // @[bim.scala 116:93]
      if (wrbypass_hit) begin // @[bim.scala 117:25]
        if (~wrbypass_hit_idx) begin // @[bim.scala 118:34]
          wrbypass_0_0 <= s1_update_wdata_0; // @[bim.scala 118:34]
        end
      end else if (~wrbypass_enq_idx) begin // @[bim.scala 120:39]
        wrbypass_0_0 <= s1_update_wdata_0; // @[bim.scala 120:39]
      end
    end
    if ((s1_update_wmask_0 | s1_update_wmask_1 | s1_update_wmask_2 | s1_update_wmask_3) & s1_update__valid & _T_141
      ) begin // @[bim.scala 116:93]
      if (wrbypass_hit) begin // @[bim.scala 117:25]
        if (~wrbypass_hit_idx) begin // @[bim.scala 118:34]
          wrbypass_0_1 <= s1_update_wdata_1; // @[bim.scala 118:34]
        end
      end else if (~wrbypass_enq_idx) begin // @[bim.scala 120:39]
        wrbypass_0_1 <= s1_update_wdata_1; // @[bim.scala 120:39]
      end
    end
    if ((s1_update_wmask_0 | s1_update_wmask_1 | s1_update_wmask_2 | s1_update_wmask_3) & s1_update__valid & _T_141
      ) begin // @[bim.scala 116:93]
      if (wrbypass_hit) begin // @[bim.scala 117:25]
        if (~wrbypass_hit_idx) begin // @[bim.scala 118:34]
          wrbypass_0_2 <= s1_update_wdata_2; // @[bim.scala 118:34]
        end
      end else if (~wrbypass_enq_idx) begin // @[bim.scala 120:39]
        wrbypass_0_2 <= s1_update_wdata_2; // @[bim.scala 120:39]
      end
    end
    if ((s1_update_wmask_0 | s1_update_wmask_1 | s1_update_wmask_2 | s1_update_wmask_3) & s1_update__valid & _T_141
      ) begin // @[bim.scala 116:93]
      if (wrbypass_hit) begin // @[bim.scala 117:25]
        if (~wrbypass_hit_idx) begin // @[bim.scala 118:34]
          wrbypass_0_3 <= s1_update_wdata_3; // @[bim.scala 118:34]
        end
      end else if (~wrbypass_enq_idx) begin // @[bim.scala 120:39]
        wrbypass_0_3 <= s1_update_wdata_3; // @[bim.scala 120:39]
      end
    end
    if ((s1_update_wmask_0 | s1_update_wmask_1 | s1_update_wmask_2 | s1_update_wmask_3) & s1_update__valid & _T_141
      ) begin // @[bim.scala 116:93]
      if (wrbypass_hit) begin // @[bim.scala 117:25]
        if (wrbypass_hit_idx) begin // @[bim.scala 118:34]
          wrbypass_1_0 <= s1_update_wdata_0; // @[bim.scala 118:34]
        end
      end else if (wrbypass_enq_idx) begin // @[bim.scala 120:39]
        wrbypass_1_0 <= s1_update_wdata_0; // @[bim.scala 120:39]
      end
    end
    if ((s1_update_wmask_0 | s1_update_wmask_1 | s1_update_wmask_2 | s1_update_wmask_3) & s1_update__valid & _T_141
      ) begin // @[bim.scala 116:93]
      if (wrbypass_hit) begin // @[bim.scala 117:25]
        if (wrbypass_hit_idx) begin // @[bim.scala 118:34]
          wrbypass_1_1 <= s1_update_wdata_1; // @[bim.scala 118:34]
        end
      end else if (wrbypass_enq_idx) begin // @[bim.scala 120:39]
        wrbypass_1_1 <= s1_update_wdata_1; // @[bim.scala 120:39]
      end
    end
    if ((s1_update_wmask_0 | s1_update_wmask_1 | s1_update_wmask_2 | s1_update_wmask_3) & s1_update__valid & _T_141
      ) begin // @[bim.scala 116:93]
      if (wrbypass_hit) begin // @[bim.scala 117:25]
        if (wrbypass_hit_idx) begin // @[bim.scala 118:34]
          wrbypass_1_2 <= s1_update_wdata_2; // @[bim.scala 118:34]
        end
      end else if (wrbypass_enq_idx) begin // @[bim.scala 120:39]
        wrbypass_1_2 <= s1_update_wdata_2; // @[bim.scala 120:39]
      end
    end
    if ((s1_update_wmask_0 | s1_update_wmask_1 | s1_update_wmask_2 | s1_update_wmask_3) & s1_update__valid & _T_141
      ) begin // @[bim.scala 116:93]
      if (wrbypass_hit) begin // @[bim.scala 117:25]
        if (wrbypass_hit_idx) begin // @[bim.scala 118:34]
          wrbypass_1_3 <= s1_update_wdata_3; // @[bim.scala 118:34]
        end
      end else if (wrbypass_enq_idx) begin // @[bim.scala 120:39]
        wrbypass_1_3 <= s1_update_wdata_3; // @[bim.scala 120:39]
      end
    end
    if (reset) begin // @[bim.scala 72:33]
      wrbypass_enq_idx <= 1'h0; // @[bim.scala 72:33]
    end else if ((s1_update_wmask_0 | s1_update_wmask_1 | s1_update_wmask_2 | s1_update_wmask_3) & s1_update__valid &
      _T_141) begin // @[bim.scala 116:93]
      if (!(wrbypass_hit)) begin // @[bim.scala 117:25]
        wrbypass_enq_idx <= _T_165; // @[bim.scala 122:24]
      end
    end
    REG <= io_resp_f2_0_taken; // @[bim.scala 128:35]
    REG_1 <= io_resp_f2_1_taken; // @[bim.scala 128:35]
    REG_2 <= io_resp_f2_2_taken; // @[bim.scala 128:35]
    REG_3 <= io_resp_f2_3_taken; // @[bim.scala 128:35]
    REG_4 <= {hi,lo}; // @[bim.scala 130:33]
  end
// Register and memory initialization
`ifdef RANDOMIZE_GARBAGE_ASSIGN
`define RANDOMIZE
`endif
`ifdef RANDOMIZE_INVALID_ASSIGN
`define RANDOMIZE
`endif
`ifdef RANDOMIZE_REG_INIT
`define RANDOMIZE
`endif
`ifdef RANDOMIZE_MEM_INIT
`define RANDOMIZE
`endif
`ifndef RANDOM
`define RANDOM $random
`endif
`ifdef RANDOMIZE_MEM_INIT
  integer initvar;
`endif
`ifndef SYNTHESIS
`ifdef FIRRTL_BEFORE_INITIAL
`FIRRTL_BEFORE_INITIAL
`endif
initial begin
  `ifdef RANDOMIZE
    `ifdef INIT_RANDOM
      `INIT_RANDOM
    `endif
    `ifndef VERILATOR
      `ifdef RANDOMIZE_DELAY
        #`RANDOMIZE_DELAY begin end
      `else
        #0.002 begin end
      `endif
    `endif
`ifdef RANDOMIZE_MEM_INIT
  _RAND_0 = {1{`RANDOM}};
  for (initvar = 0; initvar < 1024; initvar = initvar+1)
    data_0[initvar] = _RAND_0[1:0];
  _RAND_3 = {1{`RANDOM}};
  for (initvar = 0; initvar < 1024; initvar = initvar+1)
    data_1[initvar] = _RAND_3[1:0];
  _RAND_6 = {1{`RANDOM}};
  for (initvar = 0; initvar < 1024; initvar = initvar+1)
    data_2[initvar] = _RAND_6[1:0];
  _RAND_9 = {1{`RANDOM}};
  for (initvar = 0; initvar < 1024; initvar = initvar+1)
    data_3[initvar] = _RAND_9[1:0];
`endif // RANDOMIZE_MEM_INIT
`ifdef RANDOMIZE_REG_INIT
  _RAND_1 = {1{`RANDOM}};
  data_0_MPORT_en_pipe_0 = _RAND_1[0:0];
  _RAND_2 = {1{`RANDOM}};
  data_0_MPORT_addr_pipe_0 = _RAND_2[9:0];
  _RAND_4 = {1{`RANDOM}};
  data_1_MPORT_en_pipe_0 = _RAND_4[0:0];
  _RAND_5 = {1{`RANDOM}};
  data_1_MPORT_addr_pipe_0 = _RAND_5[9:0];
  _RAND_7 = {1{`RANDOM}};
  data_2_MPORT_en_pipe_0 = _RAND_7[0:0];
  _RAND_8 = {1{`RANDOM}};
  data_2_MPORT_addr_pipe_0 = _RAND_8[9:0];
  _RAND_10 = {1{`RANDOM}};
  data_3_MPORT_en_pipe_0 = _RAND_10[0:0];
  _RAND_11 = {1{`RANDOM}};
  data_3_MPORT_addr_pipe_0 = _RAND_11[9:0];
  _RAND_12 = {1{`RANDOM}};
  s1_valid = _RAND_12[0:0];
  _RAND_13 = {1{`RANDOM}};
  s2_valid = _RAND_13[0:0];
  _RAND_14 = {1{`RANDOM}};
  s1_update__valid = _RAND_14[0:0];
  _RAND_15 = {1{`RANDOM}};
  s1_update__bits_is_mispredict_update = _RAND_15[0:0];
  _RAND_16 = {1{`RANDOM}};
  s1_update__bits_is_repair_update = _RAND_16[0:0];
  _RAND_17 = {1{`RANDOM}};
  s1_update__bits_btb_mispredicts = _RAND_17[3:0];
  _RAND_18 = {1{`RANDOM}};
  s1_update__bits_br_mask = _RAND_18[3:0];
  _RAND_19 = {1{`RANDOM}};
  s1_update__bits_cfi_idx_valid = _RAND_19[0:0];
  _RAND_20 = {1{`RANDOM}};
  s1_update__bits_cfi_idx_bits = _RAND_20[1:0];
  _RAND_21 = {1{`RANDOM}};
  s1_update__bits_cfi_taken = _RAND_21[0:0];
  _RAND_22 = {1{`RANDOM}};
  s1_update__bits_cfi_is_br = _RAND_22[0:0];
  _RAND_23 = {1{`RANDOM}};
  s1_update__bits_cfi_is_jal = _RAND_23[0:0];
  _RAND_24 = {2{`RANDOM}};
  s1_update__bits_meta = _RAND_24[44:0];
  _RAND_25 = {2{`RANDOM}};
  s1_update_idx = _RAND_25[36:0];
  _RAND_26 = {1{`RANDOM}};
  s2_req_rdata_1 = _RAND_26[1:0];
  _RAND_27 = {1{`RANDOM}};
  s2_req_rdata_0 = _RAND_27[1:0];
  _RAND_28 = {1{`RANDOM}};
  s2_req_rdata_3 = _RAND_28[1:0];
  _RAND_29 = {1{`RANDOM}};
  s2_req_rdata_2 = _RAND_29[1:0];
  _RAND_30 = {1{`RANDOM}};
  doing_reset = _RAND_30[0:0];
  _RAND_31 = {1{`RANDOM}};
  reset_idx = _RAND_31[9:0];
  _RAND_32 = {1{`RANDOM}};
  wrbypass_idxs_0 = _RAND_32[9:0];
  _RAND_33 = {1{`RANDOM}};
  wrbypass_idxs_1 = _RAND_33[9:0];
  _RAND_34 = {1{`RANDOM}};
  wrbypass_0_0 = _RAND_34[1:0];
  _RAND_35 = {1{`RANDOM}};
  wrbypass_0_1 = _RAND_35[1:0];
  _RAND_36 = {1{`RANDOM}};
  wrbypass_0_2 = _RAND_36[1:0];
  _RAND_37 = {1{`RANDOM}};
  wrbypass_0_3 = _RAND_37[1:0];
  _RAND_38 = {1{`RANDOM}};
  wrbypass_1_0 = _RAND_38[1:0];
  _RAND_39 = {1{`RANDOM}};
  wrbypass_1_1 = _RAND_39[1:0];
  _RAND_40 = {1{`RANDOM}};
  wrbypass_1_2 = _RAND_40[1:0];
  _RAND_41 = {1{`RANDOM}};
  wrbypass_1_3 = _RAND_41[1:0];
  _RAND_42 = {1{`RANDOM}};
  wrbypass_enq_idx = _RAND_42[0:0];
  _RAND_43 = {1{`RANDOM}};
  REG = _RAND_43[0:0];
  _RAND_44 = {1{`RANDOM}};
  REG_1 = _RAND_44[0:0];
  _RAND_45 = {1{`RANDOM}};
  REG_2 = _RAND_45[0:0];
  _RAND_46 = {1{`RANDOM}};
  REG_3 = _RAND_46[0:0];
  _RAND_47 = {1{`RANDOM}};
  REG_4 = _RAND_47[7:0];
`endif // RANDOMIZE_REG_INIT
  `endif // RANDOMIZE
end // initial
`ifdef FIRRTL_AFTER_INITIAL
`FIRRTL_AFTER_INITIAL
`endif
`endif // SYNTHESIS
endmodule